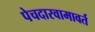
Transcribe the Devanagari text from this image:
पेचदारवामावर्त